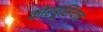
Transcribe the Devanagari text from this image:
कोरबुसियन